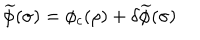
\widetilde { \phi } ( \sigma ) = \phi _ { c } ( \rho ) + \delta \widetilde { \phi } ( \sigma )